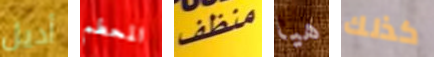
أديل المحطم منظف هيا كذلك